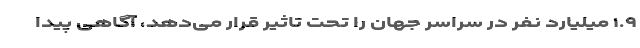
۱.۹ میلیارد نفر در سراسر جهان را تحت تاثیر قرار می‌دهد، آگاهی پیدا